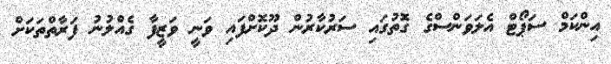
އިންކަމް ސަޕޯޓް އެލަވަންސްގެ ގޮތުގައި ސަރުކާރުން ދޫކޮށްފައި ވަނީ ވަޒީފާ ގެއްލުނު ފަރާތްތަކަށް